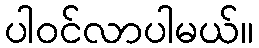
ပါဝင်လာပါမယ်။